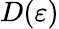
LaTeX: D(\varepsilon)